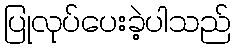
ပြုလုပ်ပေးခဲ့ပါသည်